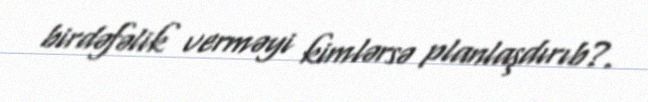
birdəfəlik verməyi kimlərsə planlaşdırıb?.